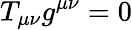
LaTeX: T_{\mu\nu}g^{\mu\nu}=0